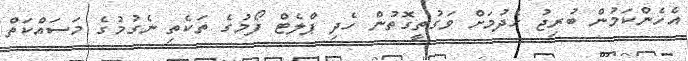
އެހެންކަމުން ބުރިޖު ހެދުމަށް ވަގުތީގޮތުން ހެދި ޕްލެޓް ފޯމުގެ ތަކެތި ނެގުމުގެ މަސައްކަތް